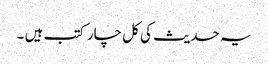
یہ حدیث کی کل چار کتب ہیں ۔